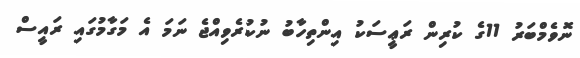
ނޮވެމްބަރު 11ގެ ކުރިން ރަޢީސަކު އިންތިހާބު ނުކުރެވިއްޖެ ނަމަ އެ މަގާމުގައި ރައީސް